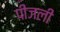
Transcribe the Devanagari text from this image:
पीजली